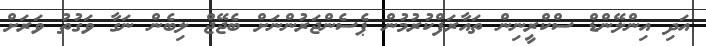
އަދި އިންލޭންޑް ސްކްރީނިން ތައާރަފްކުރުމުން ޕެސެންޖަރުންނަށް ބެޖޭޖް ލިބެން ނަގާ ވަގުތު ވަރަށް